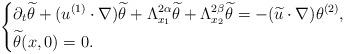
LaTeX: \begin{align*}\left\{\aligned&\partial_{t}\widetilde{\theta}+(u^{(1)}\cdot \nabla)\widetilde{\theta}+\Lambda_{x_{1}}^{2\alpha}\widetilde{\theta}+\Lambda_{x_{2}}^{2\beta}\widetilde{\theta}=-(\widetilde{u} \cdot \nabla)\theta^{(2)},\\&\widetilde{\theta}(x, 0)=0.\endaligned\right.\end{align*}